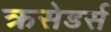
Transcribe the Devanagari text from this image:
क्रसेडर्स